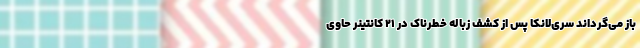
باز می‌گرداند سری‌لانکا پس از کشف زباله خطرناک در 21 کانتینر حاوی